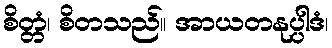
စိတ္တံ၊ စိတသည်။ အာယတနုပ္ပါဒံ၊